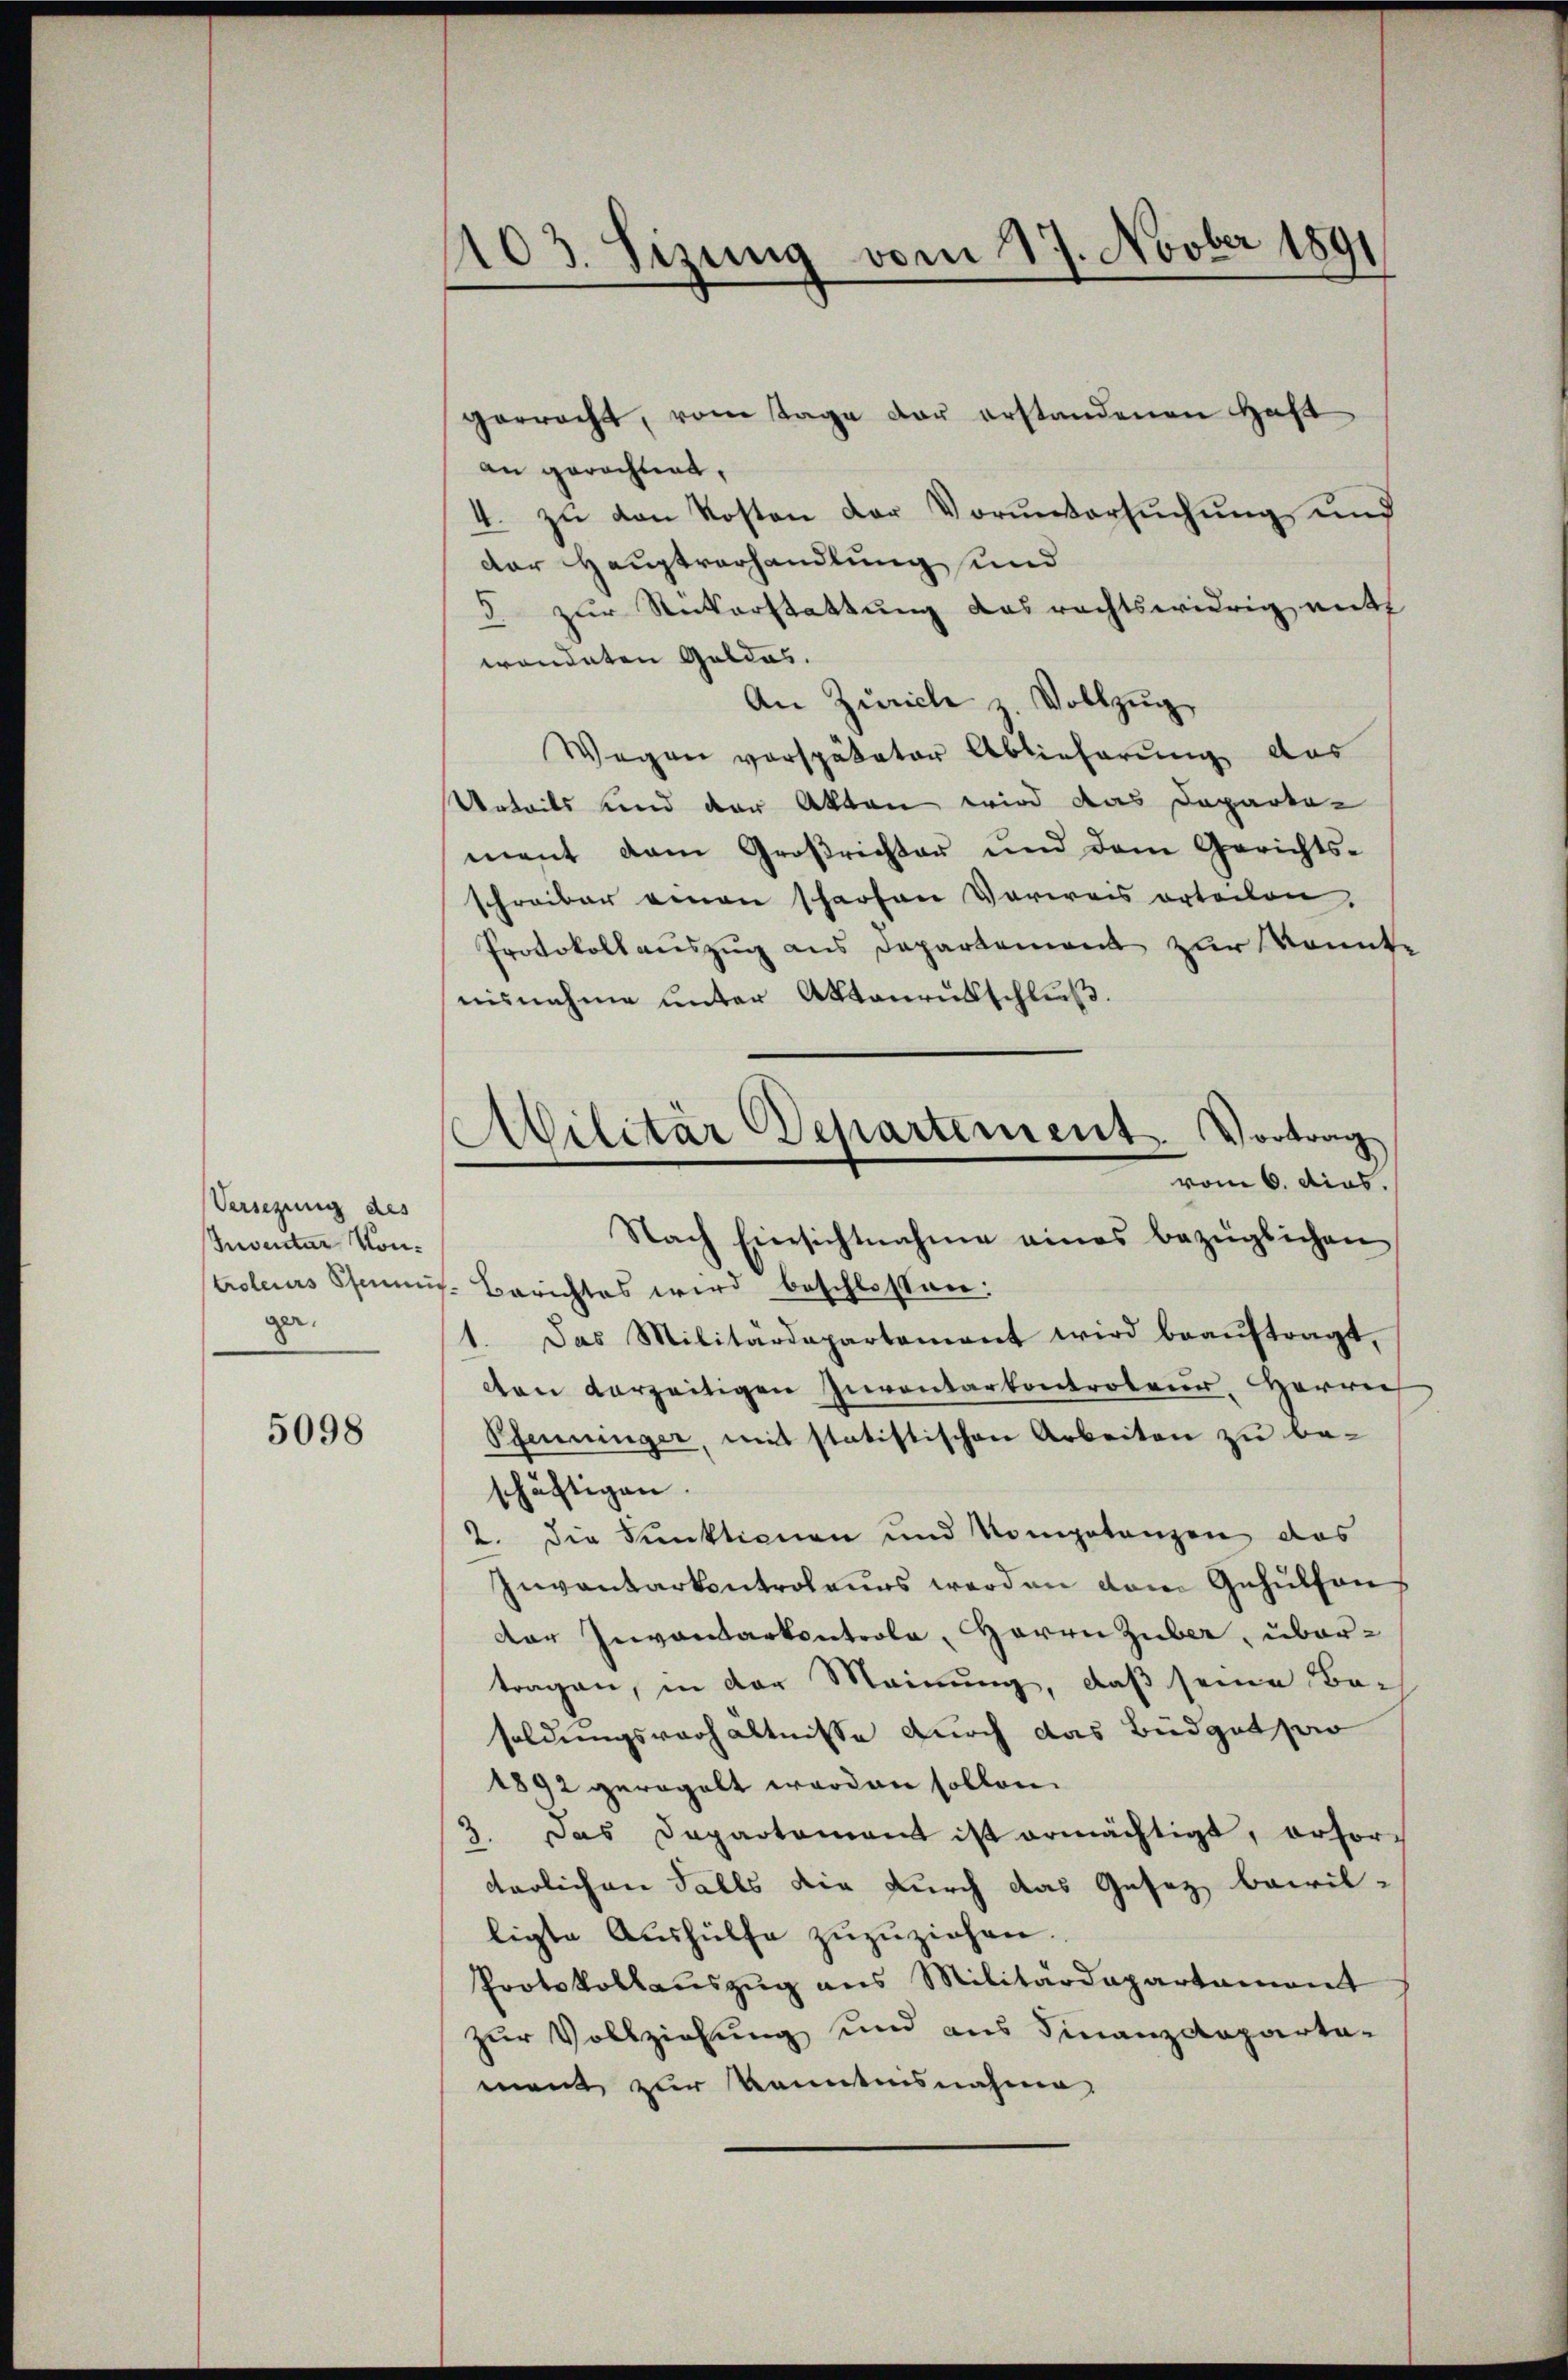
Versezung des
Inventar Konga.

5098

1103. Sizung vom 27. Novber 1891

gerracht, vom Tage der erstandenen Haft
an gerichtigt,
4. zu den Kosten der Voruntersuchung und
der Hauptverhandlung und
d. zur Rückerstattung das rechtswidrig mitt
wendeten Geldas.
An Zürich z. Vollzug
Wegen verspäteter Ablieferung das
Urteils und der Akten wird das Departement dem Großrichter und dem Gerichts-
schreiber einen scharfen Vorweis orteien.
Protokoll auszug aus Departement zur konnte
nisnahme unter Aktenausschluß.
vom 6. dies.
troleurs Sems-Berichtes wird beschlossen:
Das Militärdepartement wird beaŭftragt,
¬
ton vorzeitigen Inventarkontroleur Herrn
Pfenninger, mit statistischen Arbeiten zu be-
schäftigen.
2. Die Funktionen und Kompetanzen das
Inventarkentroleurs werden dem Gehülfen
der Inventarkontrola, Herrn Zuber, übertragen, in der Meinung, daß seine Besoldungsverhältnisse durch das Budget wo
1892 geregelt worden sollen.
3. Das Departamant ist ermächtigt, erforterlichen Falls die durch das Gesez bewilligte Aushülfe zuzuziehen.
Protokollauszug aus Militärdepartament
zur Vollziehung und aus Finanzdeparta-
ment zur Kenntnisnahme,

Militär Departement. Vortrag
Nach Einsichtnahme eines bezüglichen